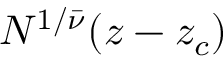
N ^ { 1 / { \bar { \nu } } } ( z - z _ { c } )